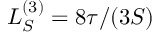
L _ { S } ^ { ( 3 ) } = 8 \tau / ( 3 S )